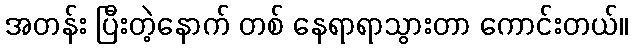
အတန်း ပြီးတဲ့နောက် တစ် နေရာရာသွားတာ ကောင်းတယ်။